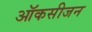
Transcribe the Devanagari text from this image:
ऑकसीजन